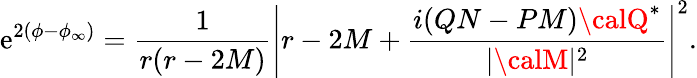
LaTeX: \mathrm{e}^{2\left(\phi-\phi_{\infty}\right)}=\frac{{1}}{{r(r-2M)}}\left|r-2M+\frac{{i(QN-PM){\calQ}^{*}}}{{|{\calM}|^{2}}}\right|^{2}.